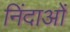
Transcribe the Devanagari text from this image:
निंदाओं